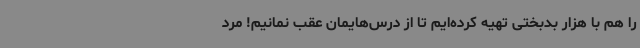
را هم با هزار بدبختی تهیه کرده‌ایم تا از درس‌هایمان عقب نمانیم! مرد